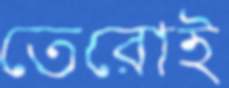
তেরোই